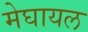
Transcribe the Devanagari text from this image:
मेघायल